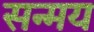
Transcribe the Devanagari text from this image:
सन्मय